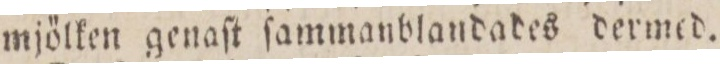
mjölken genaſt ſammanblandades dermed.